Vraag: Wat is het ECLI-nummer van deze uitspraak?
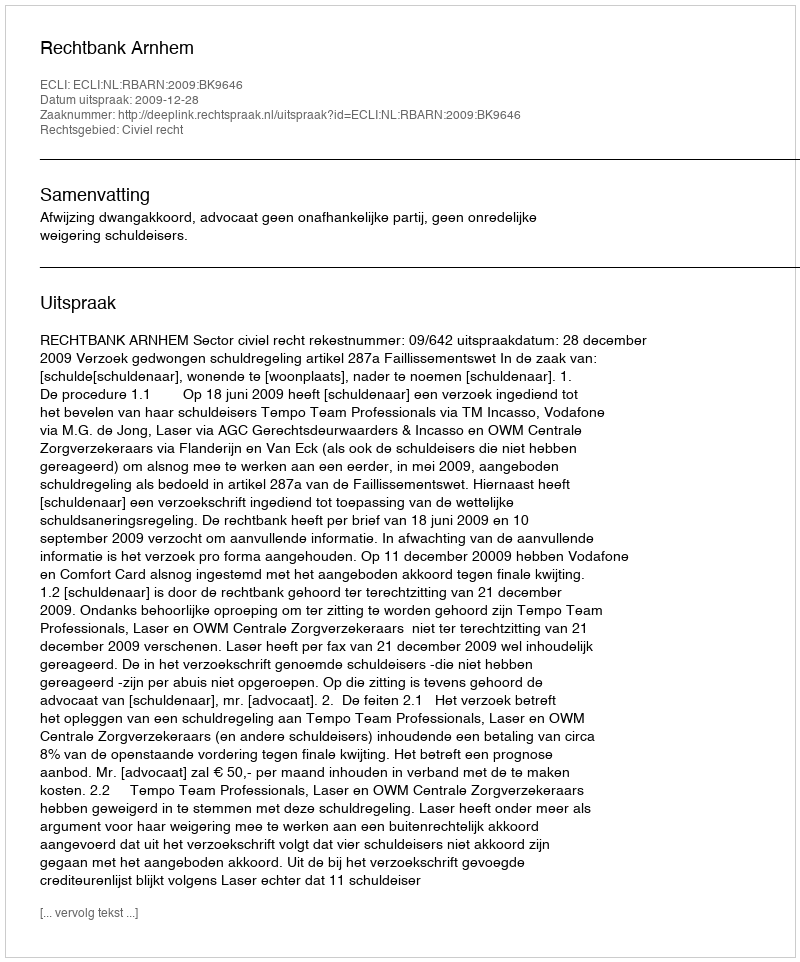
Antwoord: ECLI:NL:RBARN:2009:BK9646